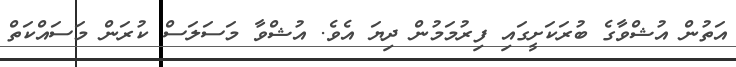
އަތުން އުޝްވާގެ ބުރަކަށީގައި ފިރުމަމުން ދިޔަ އެވެ. އުޝްވާ މަސަލަސް ކުރަން މަސައްކަތް